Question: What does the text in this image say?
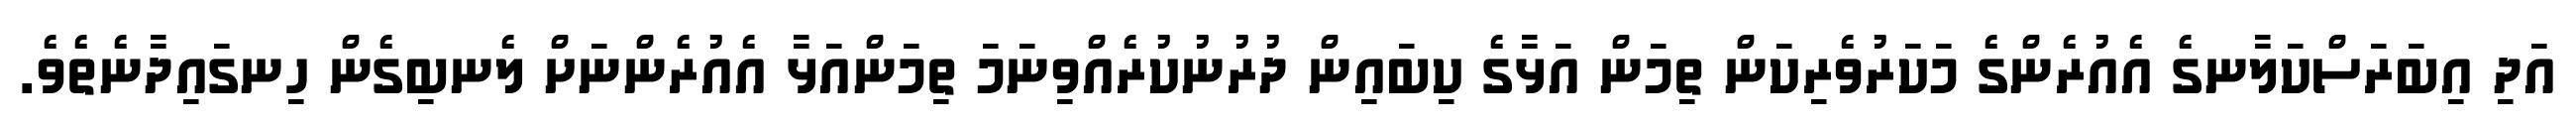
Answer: އަދި އިބަރަސްކަލާނގެ އެއުރެންގެ މަކަރުވެރިކަން ތިމަން އަޅާގެ ކިބައިން ދުރުނުކުރެއްވިނަމަ ތިމަންއަޅާ އެއުރެންނަށް ލެނބިގެން ހިނގައިދާނެތެވެ.